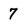
Character: 7